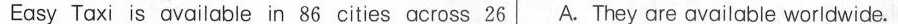
Easy Taxi is available in 86 cities across 26 A. They are available worldwide.